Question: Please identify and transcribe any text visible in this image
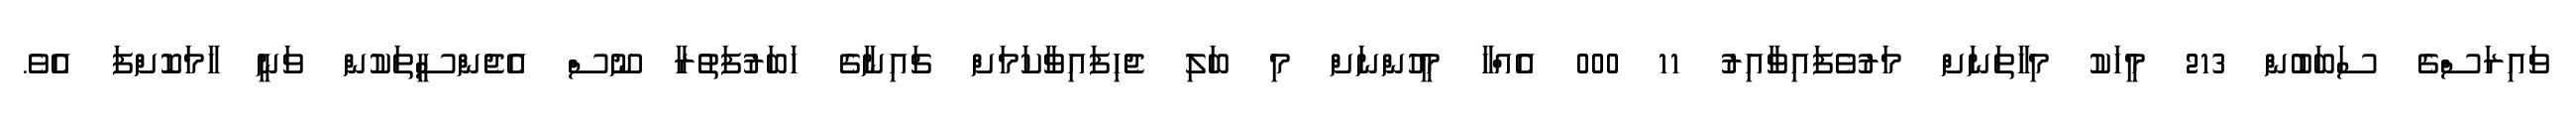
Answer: ވައިރަސްގެ ސަބަބުން 213 މީހަކު މިހާތަނަށް މަރުވެފައިވާއިރު 11 000 އެއްހާ މީހުންނަށް މި ބަލި ޖެހިފައިވާކަމަށް ޗައިނާގެ ހަބަރުފަތުރާ ނޫސް އެޖެންސީތަކުން ވަނީ ހާމަކޮށްފަ އެވެ.